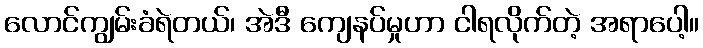
လောင်ကျွမ်းခံရဲတယ်၊ အဲဒီ ကျေနပ်မှုဟာ ငါရလိုက်တဲ့ အရာပေါ့။